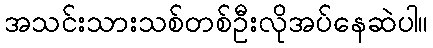
အသင်းသားသစ်တစ်ဦးလိုအပ်နေဆဲပါ။